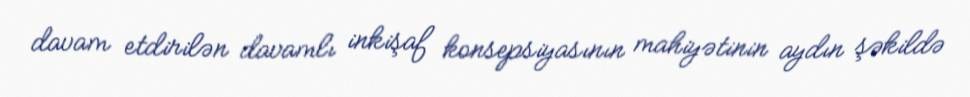
davam etdirilən davamlı inkişaf konsepsiyasının mahiyətinin aydın şəkildə